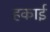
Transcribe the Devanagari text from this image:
हकाई